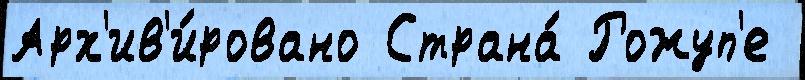
Арх'ив'и́ровано Страна́ Рожуп'е